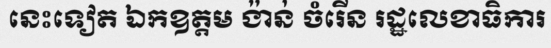
នេះទៀត ឯកឧត្តម ង៉ាន់ ចំរើន រដ្ឋលេខាធិការ